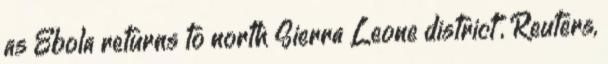
as Ebola returns to north Sierra Leone district”, Reuters,